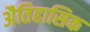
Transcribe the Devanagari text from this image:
अैतिहासिक